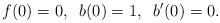
LaTeX: \begin{align*} f(0)=0,\;\; b(0)=1,\;\; b'(0)=0.\end{align*}